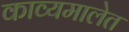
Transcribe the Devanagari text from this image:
काव्यमालेत